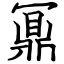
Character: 鼏